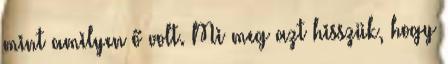
mint amilyen ő volt. Mi meg azt hisszük, hogy